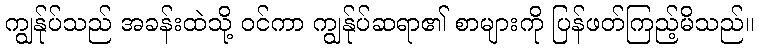
ကျွန်ုပ်သည် အခန်းထဲသို့ ဝင်ကာ ကျွန်ုပ်ဆရာ၏ စာများကို ပြန်ဖတ်ကြည့်မိသည်။